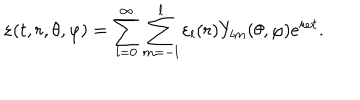
LaTeX: \varepsilon ( t , r , \theta , \varphi ) = \sum _ { l = 0 } ^ { \infty } \sum _ { m = - l } ^ { l } \varepsilon _ { l } ( r ) Y _ { l m } ( \theta , \varphi ) e ^ { i \omega t } .